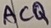
Text: ACQ